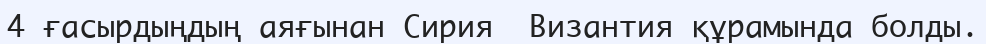
4 ғасырдыңдың аяғынан Сирия  Византия құрамында болды.